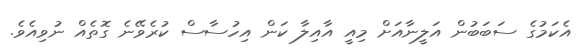
އެކަމުގެ ސަބަބުން އަލީނާއަށް މިއީ އާއިލާ ކަން އިހުސާސް ކުރެވޭނެ ގޮތެއް ނުވިއެވެ.